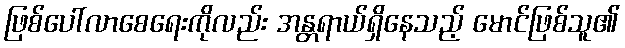
ဖြစ်ပေါ်လာစေရေးကိုလည်း အန္တရာယ်ရှိနေသည့် မောင်ဖြစ်သူ၏